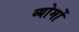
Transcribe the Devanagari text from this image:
व्योमों